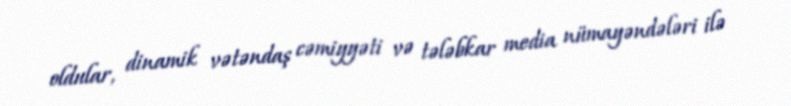
oldular, dinamik vətəndaş cəmiyyəti və tələbkar media nümayəndələri ilə